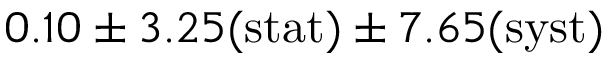
0 . 1 0 \pm 3 . 2 5 ( \mathrm { s t a t } ) \pm 7 . 6 5 ( \mathrm { s y s t } )